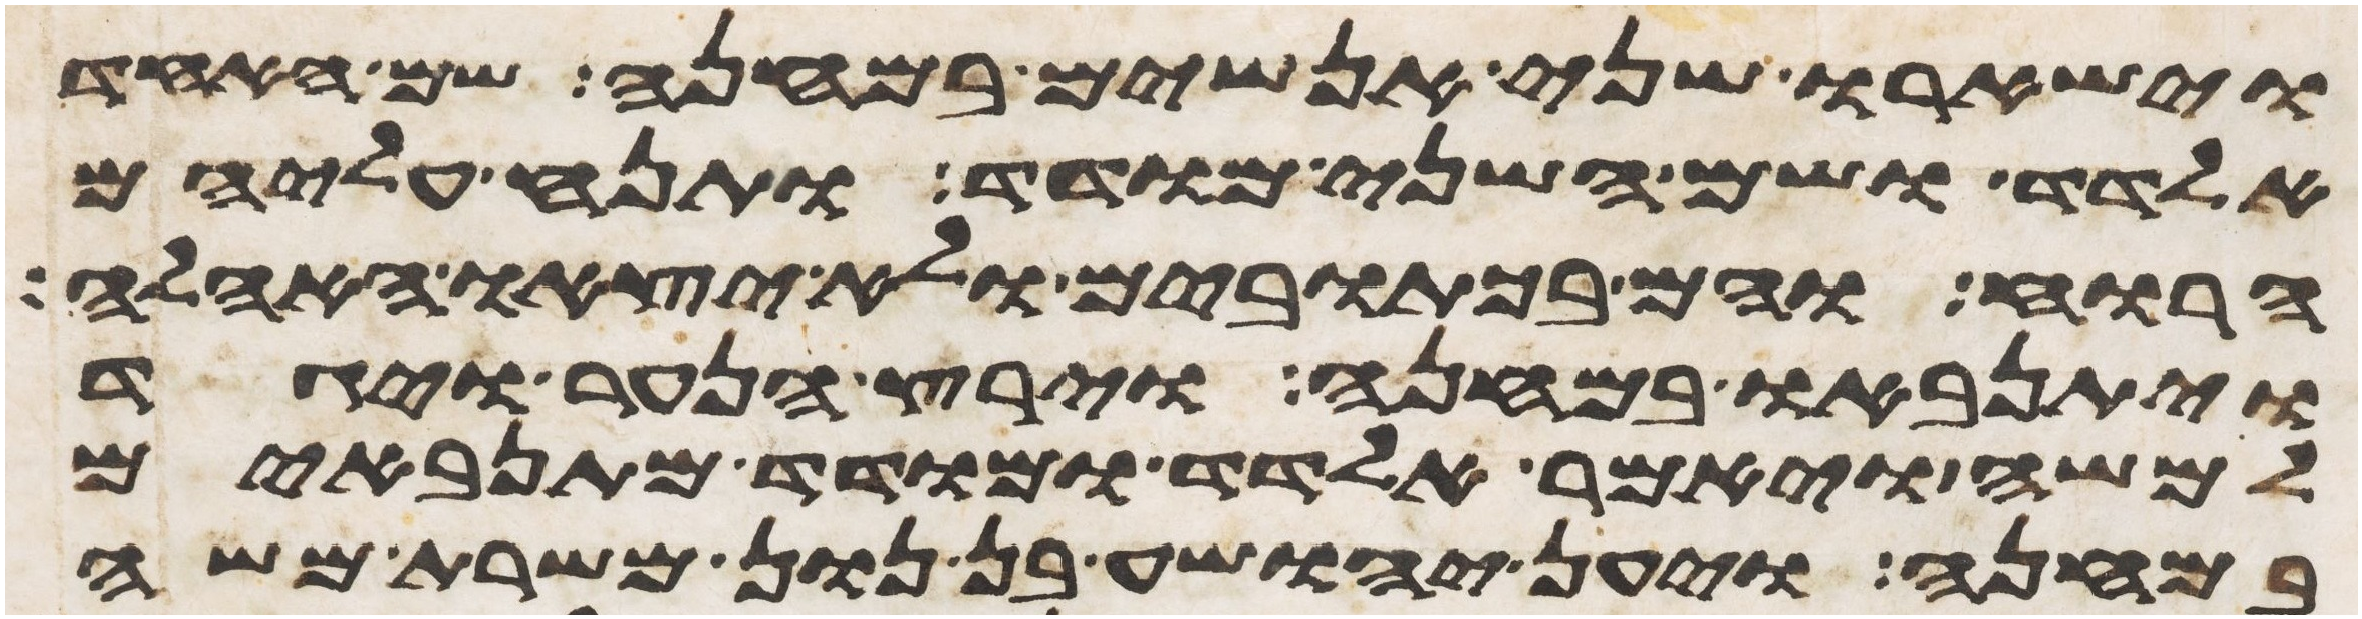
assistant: וישארו שני אנשים במחנה שם האחד
אלדד ושם השני מודד ותנח עליהם
הרוח והם בכתובים ולא יצאו האהלה
ויתנאבו במחנה וירץ הנער ויגד
למשה ויאמר אלדד ומודד מתנאבים
במחנה ויען יהושע בן נון משרת משה